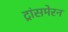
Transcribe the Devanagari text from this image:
ट्रांसमेरन